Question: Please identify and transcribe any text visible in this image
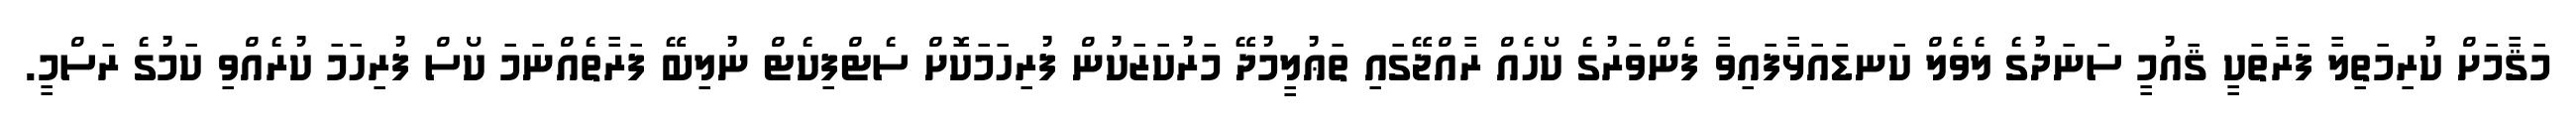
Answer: މަޤާމަށް ކުރިމަތިލާ ފަރާތަކީ ޤައުމީ ސަނަދުގެ ލެވެލް ކަނޑައަޅާފައިވާ ފެންވަރުގެ ކޯހެއް ރާއްޖޭގައި ތަޢުލީމުދޭ މަރުކަޒަކުން ފުރިހަމަކޮށް ސެޓްފިކެޓް ނުލިބޭ ފަރާތެއްނަމަ ކޯސް ފުރިހަމަ ކުރެއްވި ކަމުގެ ރަސްމީ.